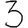
Digit: 3